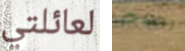
لعائلتي اغتصاب